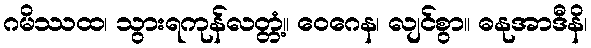
ဂမိဿထ၊ သွားရကုန်လတ္တံ့။ ဝေဂေန၊ လျင်စွာ။ ဓနုအာဒီနိ၊